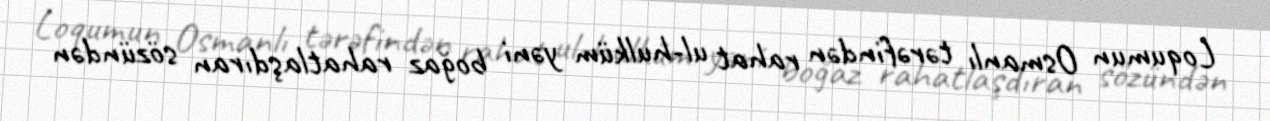
Loqumun Osmanlı tərəfindən rahat ul-hulküm yəni boğaz rahatlaşdıran sözündən